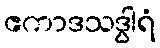
ဧကာဒသဒွါရံ